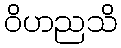
ဝိဟညသိ